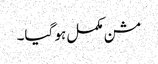
مشن مکمل ہو گیا۔